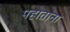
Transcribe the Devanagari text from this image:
पहाताना